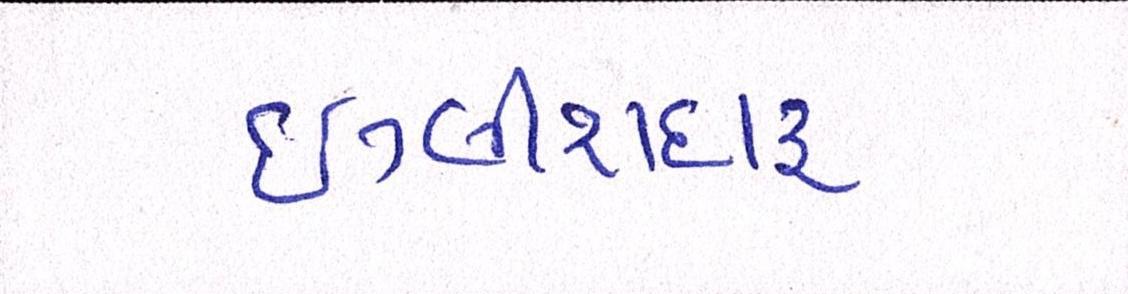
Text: ઇંગ્લીશદારૂ